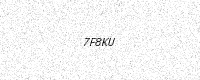
Text: 7F8KU